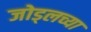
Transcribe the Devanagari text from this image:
जोड्लच्या